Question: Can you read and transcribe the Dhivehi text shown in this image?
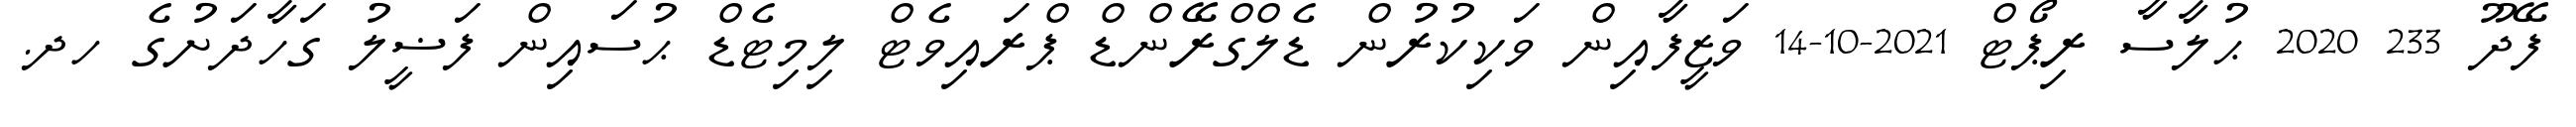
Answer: ފޭދޫ 233 2020 ޙުލާސާ ރިޕޯޓް 2021-10-14 ވަޒީފާއިން ވަކިކުރުން ޑެލްގްރޭންޑް ޕްރައިވެޓް ލިމިޓެޑް ޙުސައިން ފަޟީލު ގަހާދަށުގެ ހދ.